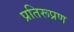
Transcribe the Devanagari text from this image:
प्रतिरूप्रण